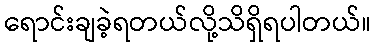
ရောင်းချခဲ့ရတယ်လို့သိရှိရပါတယ်။